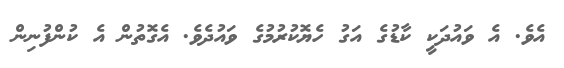
އެވެ. އެ ވައުދަކީ ކާޑުގެ އަގު ހެޔޮކުރުމުގެ ވައުދެވެ. އެގޮތުން އެ ކުންފުނިން